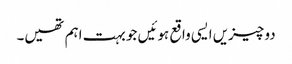
دو چیزیں ایسی واقع ہوئیں جو بہت اہم تھیں۔